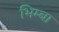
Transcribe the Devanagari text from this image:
भिम्बा